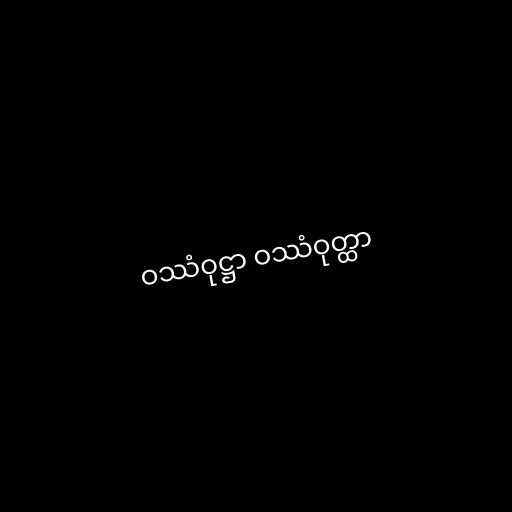
ဝဿံဝုဋ္ဌာ ဝဿံဝုတ္ထာ